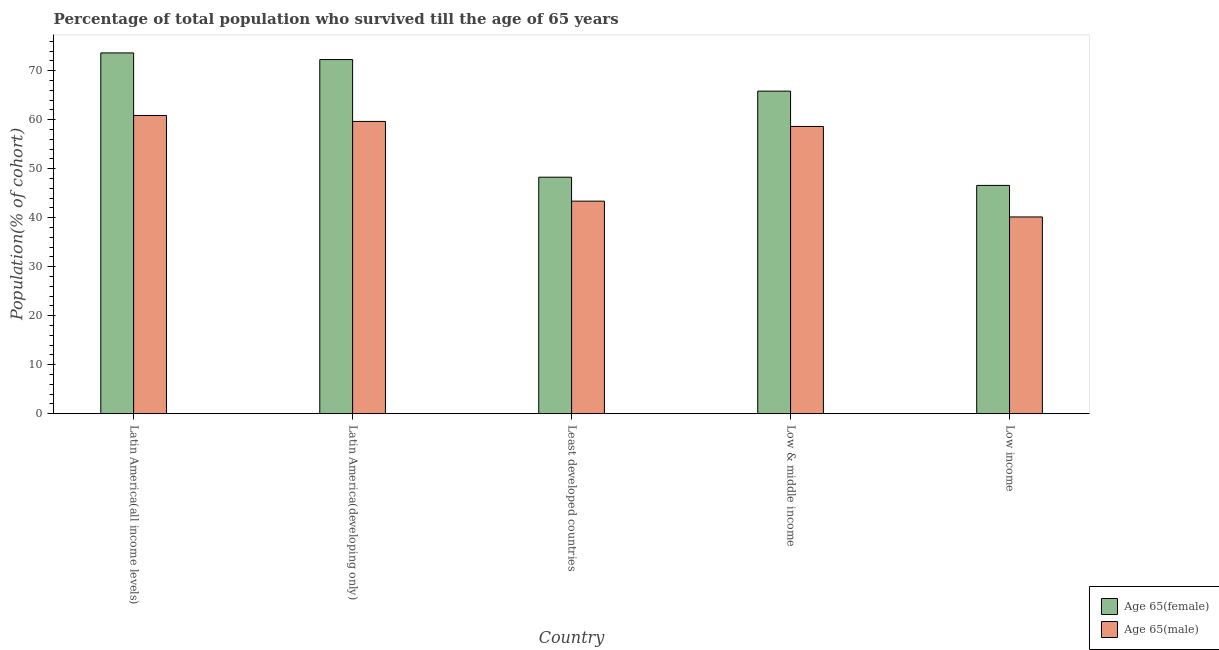
| Country | Age 65(female) | Age 65(male) |
 | --- | --- | --- |
 | Latin America(all income levels) | 73.6 | 60.9 |
 | Latin America(developing only) | 72.3 | 59.6 |
 | Least developed countries | 48.3 | 43.4 |
 | Low & middle income | 65.8 | 58.6 |
 | Low income | 46.6 | 40.2 |